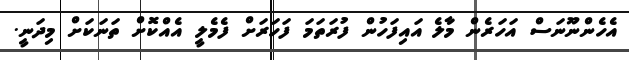
އެހެންނޫނަސް އަހަރެން މާލެ އައިފަހުން ފުރަތަމަ ފަހަރަށް ފެމެލީ އެއްކޮށް ތަނަކަށް މިދަނީ.